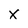
Character: x